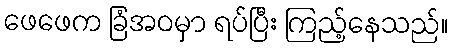
ဖေဖေက ခြံအဝမှာ ရပ်ပြီး ကြည့်နေသည်။